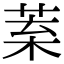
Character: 𦯧